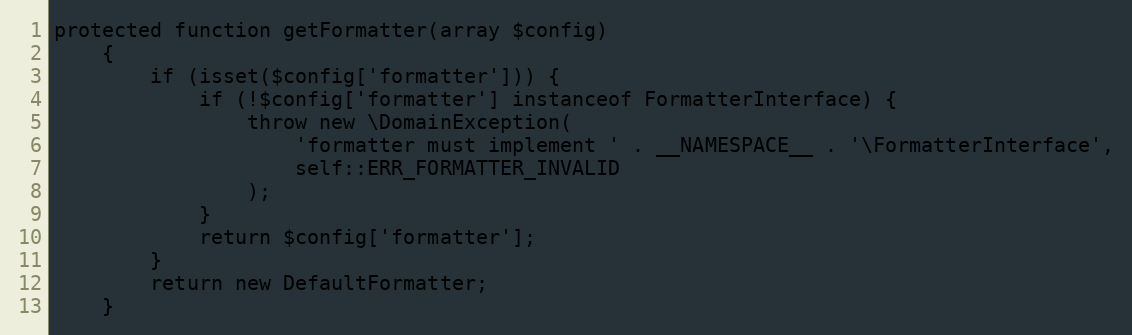
Language: PHP
protected function getFormatter(array $config)
    {
        if (isset($config['formatter'])) {
            if (!$config['formatter'] instanceof FormatterInterface) {
                throw new \DomainException(
                    'formatter must implement ' . __NAMESPACE__ . '\FormatterInterface',
                    self::ERR_FORMATTER_INVALID
                );
            }
            return $config['formatter'];
        }
        return new DefaultFormatter;
    }